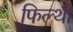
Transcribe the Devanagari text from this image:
फिल्थी